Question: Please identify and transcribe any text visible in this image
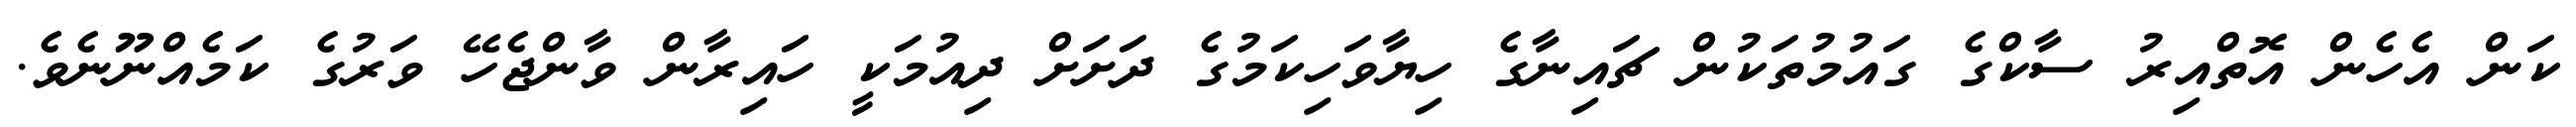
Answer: ކަން އެހެން އޮތްއިރު ސާކްގެ ގައުމުތަކުން ޗައިނާގެ ހިޔާވަހިކަމުގެ ދަށަށް ދިއުމަކީ ހައިރާން ވާންޖެހޭ ވަރުގެ ކަމެއްނޫނެވެ.